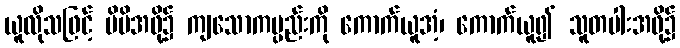
ယူလိုသဖြင့် မိမိအဖို့၌ ကျသောကမ္ပည်းကို ကောက်ယူအံ့၊ ကောက်ယူ၍ သူတပါးအဖို့၌